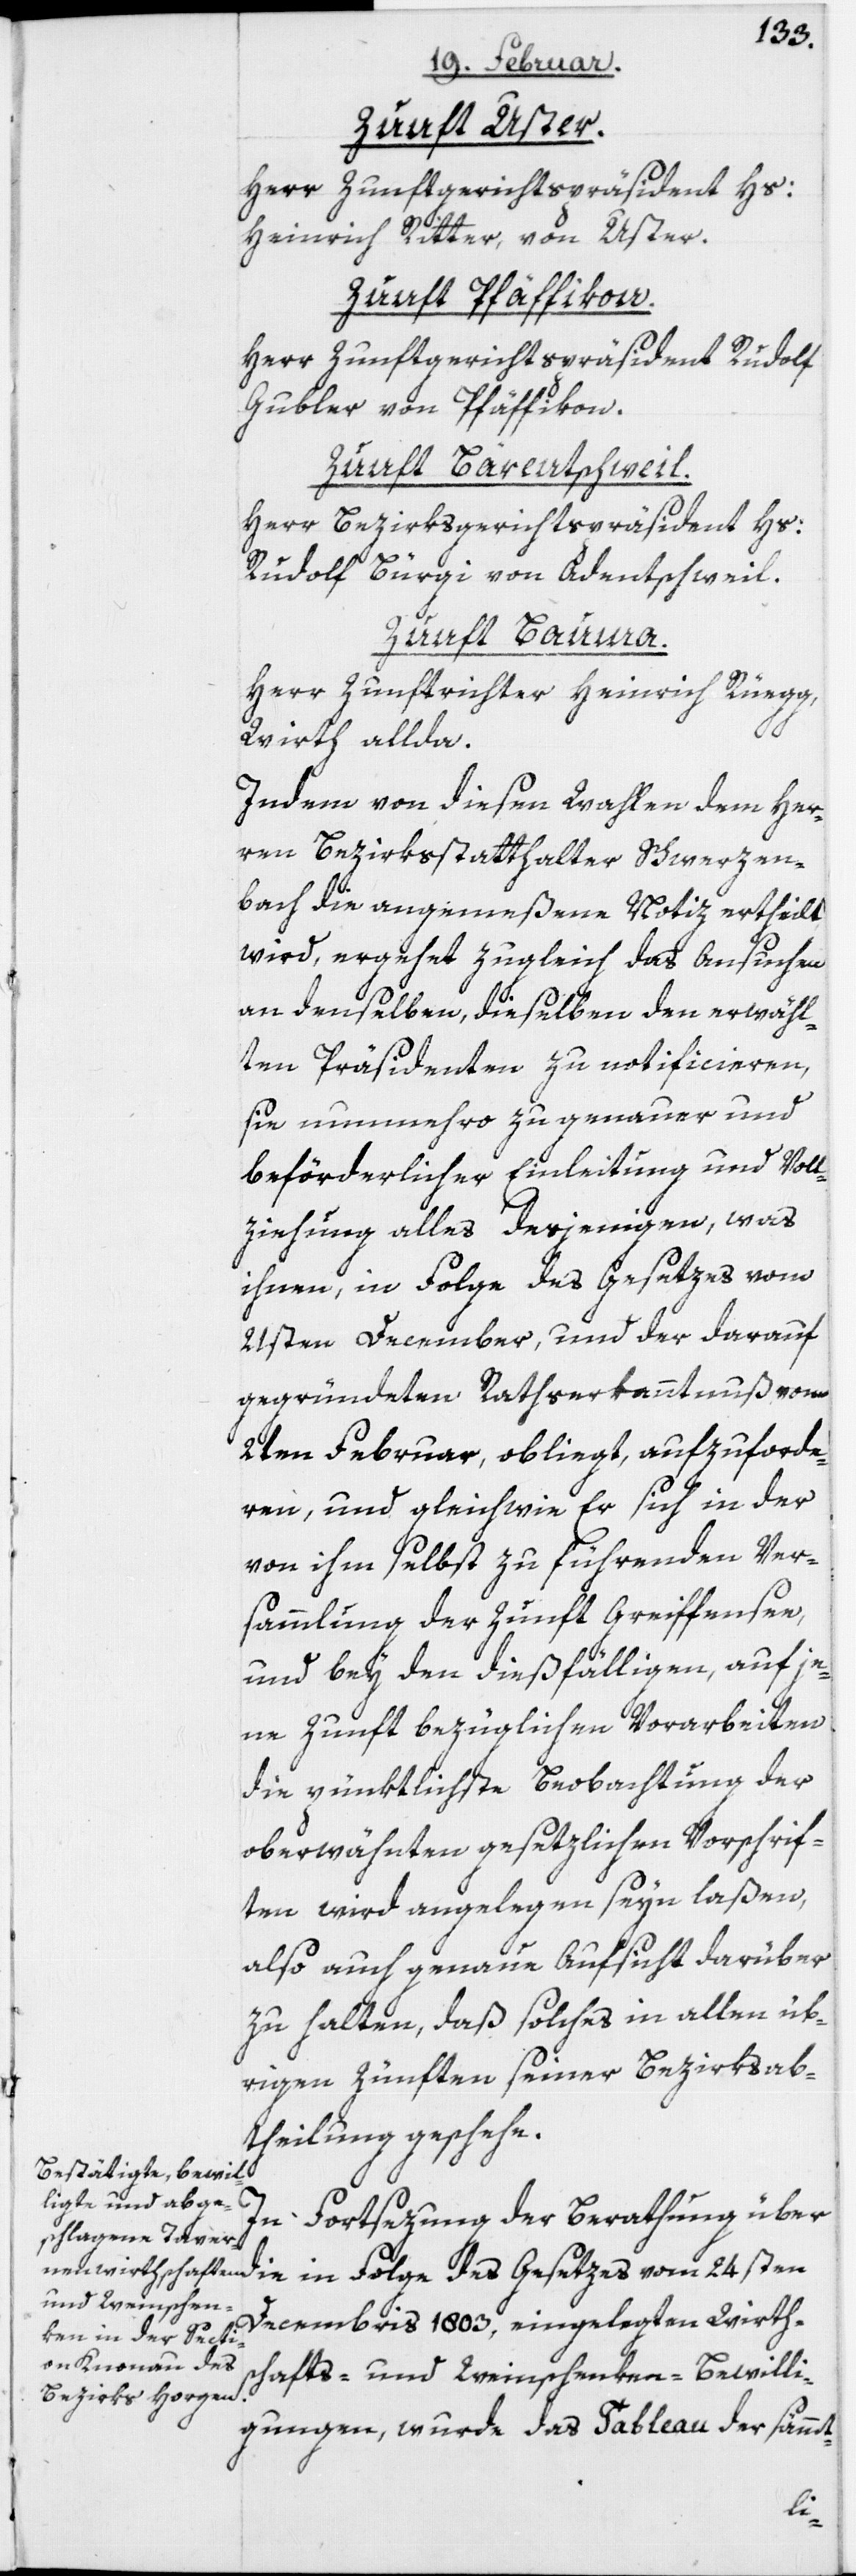
Zunft Uster.
Herr Zunftgerichtspräsident Hs:
Heinrich Ritter, von Uster.
Zunft Pfäffikon.
Herr Zunftgerichtspräsident Rudolf
Gubler, von Pfäffikon.
Zunft Bärentschweil.
Herr Bezirksgerichtspräsident Hs:
Rudolf Bürgi von Adetschweil.
Zunft Bauma.
Herr Zunftrichter Heinrich Rüegg,
Wirt allda.
Indem von diesen Wahlen dem Her¬
rn Bezirksstatthalter Schwerzen¬
bach die angemeßene Notiz ertheilt
wird, ergehet zugleich das Ansuchen
an denselben, dieselben den erwähl¬
ten Präsidenten zu notificieren,
sie nunmehro zu genauer und
beförderlicher Einleitung und Voll¬
ziehung alles desjenigen, was
ihnen, in Folge des Gesetzes vom
21sten December und der darauf
gegründeten Rathserkanntnuß vom
2ten Februar, obliegt, aufzuforde¬
ren, und gleich wie Er sich in der
von ihm selbst zu führenden Ver¬
sammlung der Zunft Greiffensee,
und bei den dießfälligen, auf je¬
ne Zunft bezüglichen Vorarbeiten
die pünktlichste Beobachtung der
oberwähnten gesetzlichen Vorschrif¬
ten wird angelegen seyn laßen,
also auch genaue Aufsicht darüber
zu halten, daß solches in allen üb¬
rigen Zünften seiner Bezirksab¬
theilung geschehe.
In Fortsetzung der Berathung über
die in Folge des Gesetzes vom 24sten
Decembris 1803. eingelegten Wirth¬
schafts- und Weinschenken-Bewilli¬
gungen, wurde das Tableau der sämmt-